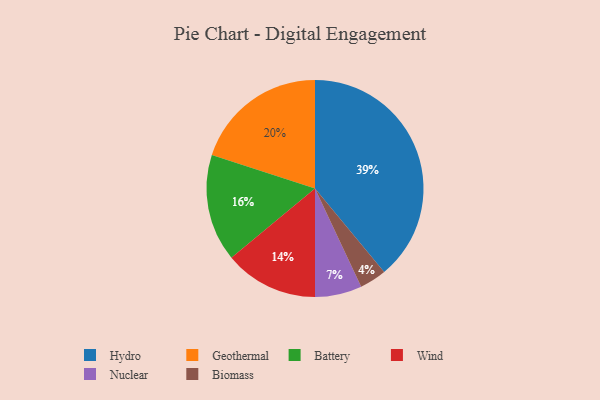
{"axis": {"x": "Category", "y": "Percentage"}, "legend": ["Battery", "Biomass", "Geothermal", "Hydro", "Nuclear", "Wind"], "data": [{"x": "Hydro", "y": 39, "type": "Hydro"}, {"x": "Biomass", "y": 4, "type": "Biomass"}, {"x": "Geothermal", "y": 20, "type": "Geothermal"}, {"x": "Nuclear", "y": 7, "type": "Nuclear"}, {"x": "Wind", "y": 14, "type": "Wind"}, {"x": "Battery", "y": 16, "type": "Battery"}]}